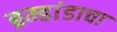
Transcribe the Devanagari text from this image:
ब्रम्हांडाचा